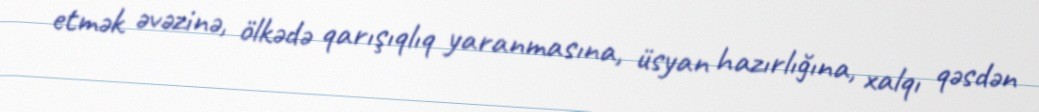
etmək əvəzinə, ölkədə qarışıqlıq yaranmasına, üsyan hazırlığına, xalqı qəsdən